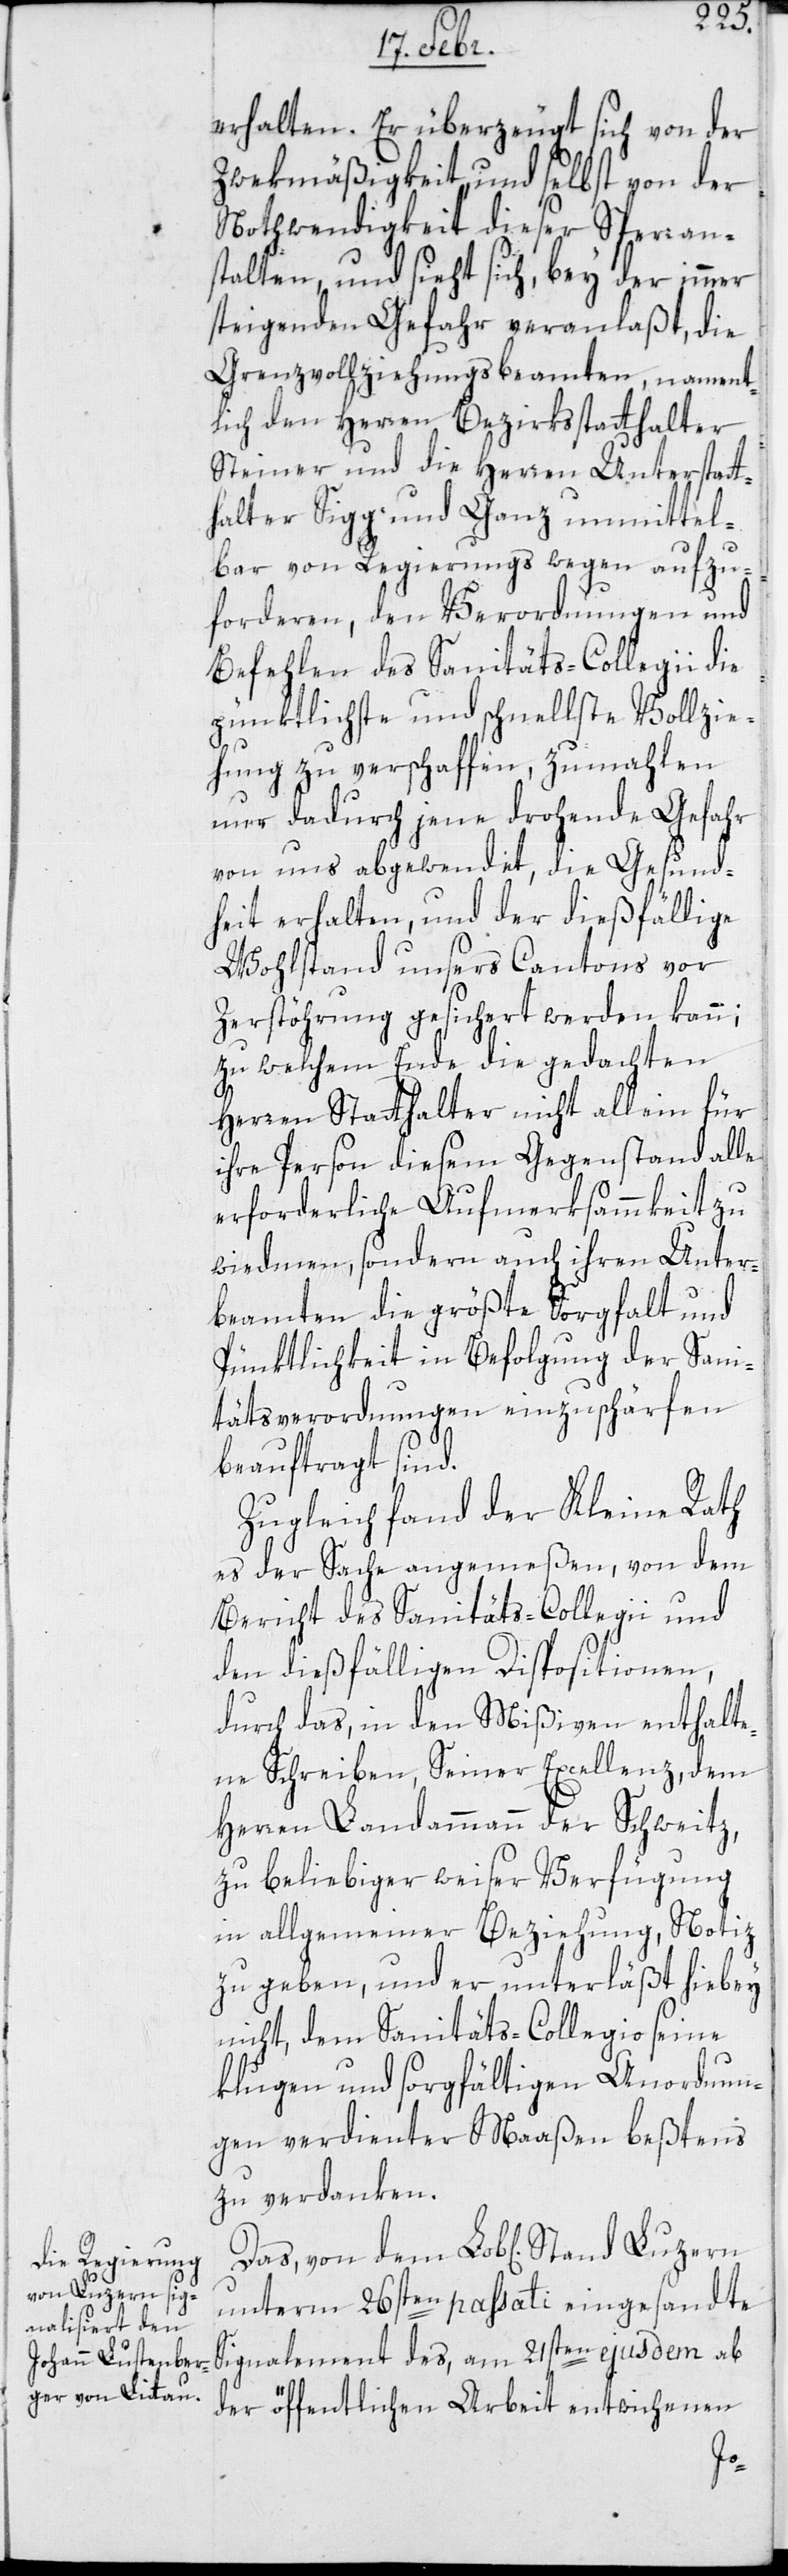
erhalten. Er überzeugt sich von der
Zwekmäßigkeit und selbst von der
Nothwendigkeit dieser Sperran¬
stalten, und sieht sich bey der immer
steigenden Gefahr veranlaßt, die
Grenzvollziehungsbeamten, nament¬
lich den Herren Bezirksstatthalter
Steiner und die Herren Unterstatt¬
halter Sigg und Ganz, unmittel¬
bar von Regierungs wegen aufzu¬
forderen, den Verordnungen und
Befehlen des Sanitäts-Collegii die
pünktlichste und schnellste Vollzie¬
hung zu verschaffen, zumahlen
nur dadurch jene drohende Gefahr
von uns abgewendet, die Gesund¬
heit erhalten und der dießfällige
Wohlstand unsers Cantons vor
Zerstörung gesichert werden kann;
zu welchem Ende die gedachten
Herren Statthalter nicht allein für
ihre Person diesem Gegenstand alle
erforderliche Aufmerksammkeit zu
widmen, sondern auch ihren Unter¬
beamten die größte Sorgfalt und
Pünktlichkeit in Befolgung der Sani¬
tätsverordnungen einzuschärfen
beauftragt sind.
Zugleich fand der Kleine Rath
es der Sache angemeßen, von dem
Bericht des Sanitäts-Collegii und
den dießfälligen Dispositionen,
durch das, in den Mißiven enthalte¬
ne Schreiben Seiner Excellenz dem
Herren Landammann der Schweitz,
zu beliebiger weiser Verfügung
in allgemeiner Beziehung, Notiz
zu geben, und er unterläßt hiebey
nicht, dem Sanitäts-Collegio seine
klugen und sorgfältigen Anordnun¬
gen verdienter Maaßen beßtens
zu verdanken.
unterm 26sten paßati eingesandte
Signalement des am 21sten ejusdem ab
der öffentlichen Arbeit entwichenen